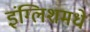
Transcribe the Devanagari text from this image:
इंग्लिशमधे